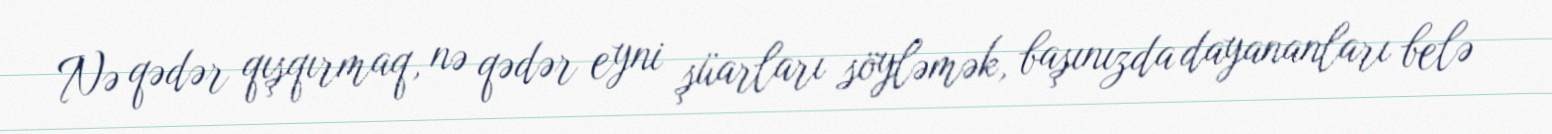
Nə qədər qışqırmaq, nə qədər eyni şüarları söyləmək, başınızda dayananları belə